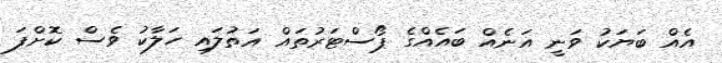
އެއް ބަޔަކު ވަނީ އަނެއް ބައެއްގެ ޕޯސްޓަރުތައް އަތުލައި ހަލާކު ވެސް ކޮށްފަ